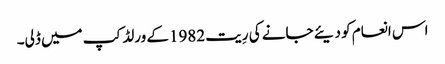
اس انعام کو دیئے جانے کی رِیت 1982کے ورلڈ کپ میں ڈلی۔